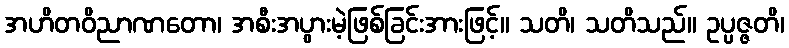
အဟိတဝိညာဏတော၊ အစီးအပွားမဲ့ဖြစ်ခြင်းအားဖြင့်။ သတိ၊ သတိသည်။ ဥပ္ပဇ္ဇတိ၊